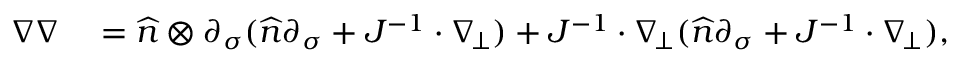
\begin{array} { r l } { \nabla \nabla } & { { } = \widehat { n } \otimes \partial _ { \sigma } ( \widehat { n } \partial _ { \sigma } + J ^ { - 1 } \cdot \nabla _ { \! \bot } ) + J ^ { - 1 } \cdot \nabla _ { \! \bot } ( \widehat { n } \partial _ { \sigma } + J ^ { - 1 } \cdot \nabla _ { \! \bot } ) , } \end{array}